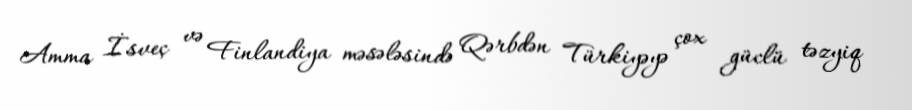
Amma İsveç və Finlandiya məsələsində Qərbdən Türkiyəyə çox güclü təzyiq